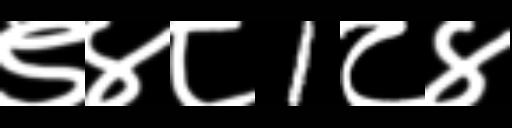
Text: ९४८1८४